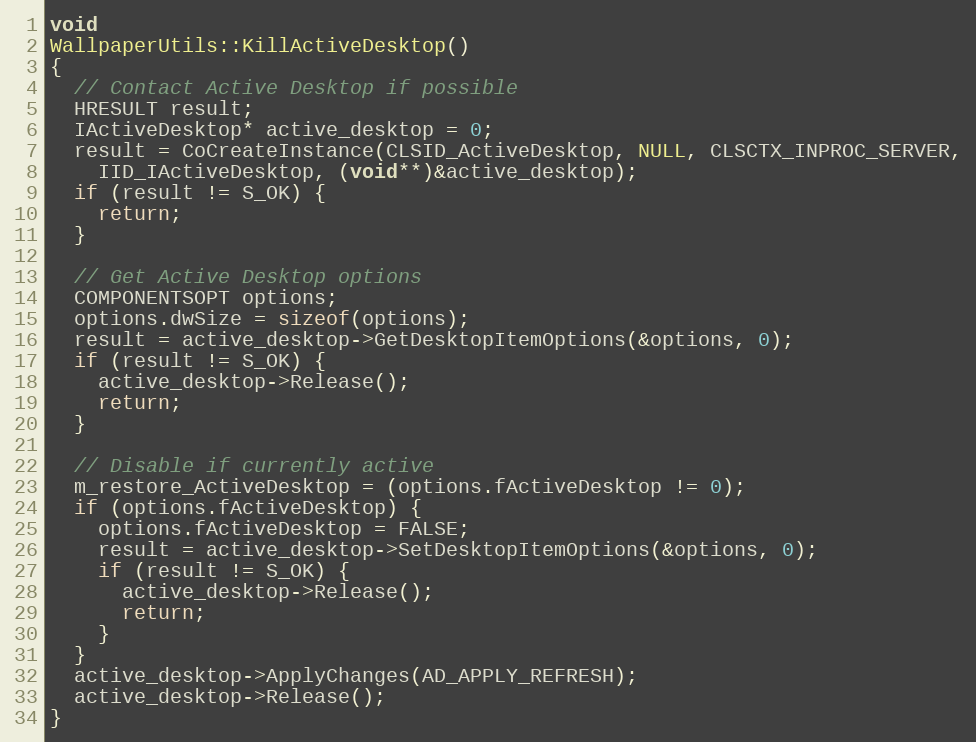
Language: C++
void
WallpaperUtils::KillActiveDesktop()
{
  // Contact Active Desktop if possible
  HRESULT result;
  IActiveDesktop* active_desktop = 0;
  result = CoCreateInstance(CLSID_ActiveDesktop, NULL, CLSCTX_INPROC_SERVER,
    IID_IActiveDesktop, (void**)&active_desktop);
  if (result != S_OK) {
    return;
  }

  // Get Active Desktop options
  COMPONENTSOPT options;
  options.dwSize = sizeof(options);
  result = active_desktop->GetDesktopItemOptions(&options, 0);
  if (result != S_OK) {
    active_desktop->Release();
    return;
  }

  // Disable if currently active
  m_restore_ActiveDesktop = (options.fActiveDesktop != 0);
  if (options.fActiveDesktop) {
    options.fActiveDesktop = FALSE;
    result = active_desktop->SetDesktopItemOptions(&options, 0);
    if (result != S_OK) {
      active_desktop->Release();
      return;
    }
  }
  active_desktop->ApplyChanges(AD_APPLY_REFRESH);
  active_desktop->Release();
}